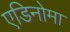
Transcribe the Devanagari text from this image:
एडिनोमा